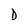
Character: D